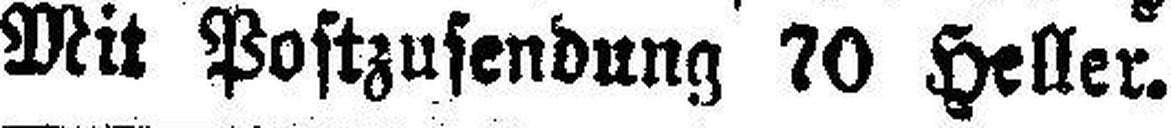
Mit Postzusendung 70 Heller.